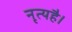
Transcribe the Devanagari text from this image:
नृत्यहै।